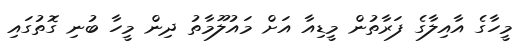
މީހާގެ އާއިލާގެ ފަރާތުން މީޑިއާ އަށް މައުލޫމާތު ދިން މީހާ ބުނި ގޮތުގައި